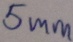
Text: 5mm